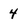
Character: 4